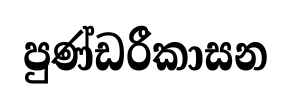
පුණ්ඩරීකාසන